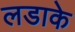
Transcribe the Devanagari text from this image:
लडाके